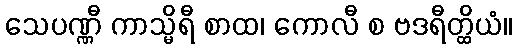
သေပဏ္ဏီ ကာသ္မိရီ စာထ၊ ကောလီ စ ဗဒရီတ္ထိယံ။